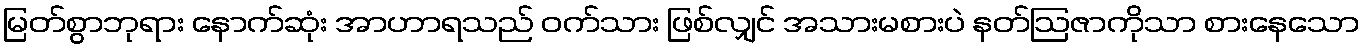
မြတ်စွာဘုရား နောက်ဆုံး အာဟာရသည် ဝက်သား ဖြစ်လျှင် အသားမစားပဲ နတ်ဩဇာကိုသာ စားနေသော